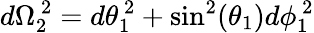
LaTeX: d\Omega_{2}^{~2}=d\theta_{1}^{~2}+\sin^{2}(\theta_{1})d\phi_{1}^{~2}